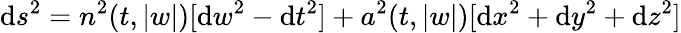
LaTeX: \mathrm{d}s^{2}=n^{2}(t,|w|)[\mathrm{d}w^{2}-\mathrm{d}t^{2}]+a^{2}(t,|w|)[\mathrm{d}x^{2}+\mathrm{d}y^{2}+\mathrm{d}z^{2}]